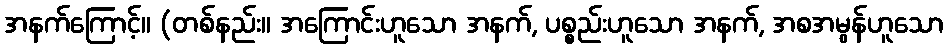
အနက်ကြောင့်။ (တစ်နည်း။ အကြောင်းဟူသော အနက်, ပစ္စည်းဟူသော အနက်, အစအမွန်ဟူသော